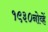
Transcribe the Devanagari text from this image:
१९३०नोव्हें